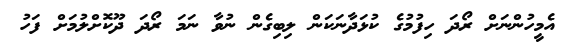
އެމީހުންނަށް ރޯދަ ހިފުމުގެ ކުޅަދާނަކަން ލިބިގެން ނުވާ ނަމަ ރޯދަ ދޫކޮށްލުމަށް ފަހު